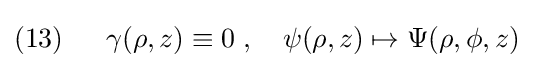
(13)\;\;\quad \gamma (\rho ,z)\equiv 0\;,\quad \psi (\rho ,z)\mapsto \Psi (\rho ,\phi ,z)